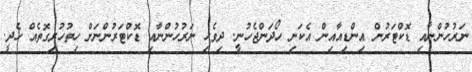
ނަރުހުންނާއި ޑޮކްޓަރުން އިންޑިއާއިން އެކަނި ހޯދަންޖެހުނީ. ދިވެހި ނަރުހުންނާއި ޑޮކްޓަރުންނަށް ހިތުހުރިގޮތެއް ހެދީ.